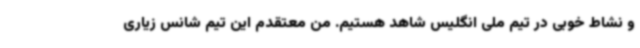
و نشاط خوبی در تیم ملی انگلیس شاهد هستیم. من معتقدم این تیم شانس زیاری